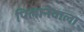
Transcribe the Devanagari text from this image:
पिलानेवाला